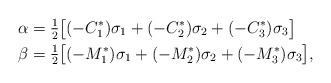
LaTeX: \begin{align*}\alpha &= \tfrac{1}{2}\big[(-C_{1}^{*})\sigma_1 + (-C_{2}^{*})\sigma_2 + (-C_{3}^{*})\sigma_3\big]\\\beta &= \tfrac{1}{2}\big[(-M_{1}^{*})\sigma_1 + (-M_{2}^{*})\sigma_2 + (-M_{3}^{*})\sigma_3\big],\end{align*}